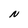
Character: N